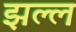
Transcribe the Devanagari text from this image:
झल्ल